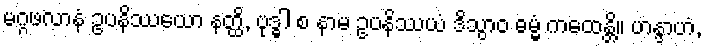
မဂ္ဂဖလာနံ ဥပနိဿယော နတ္ထိ, ဗုဒ္ဓါ စ နာမ ဥပနိဿယံ ဒိသွာဝ ဓမ္မံ ကထေန္တိ။ ဟန္ဒာဟံ,